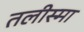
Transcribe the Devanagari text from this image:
तलीस्‍मा